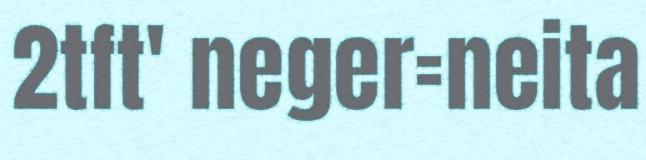
2tft' neger=neita